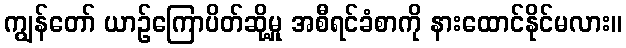
ကျွန်တော် ယာဉ်ကြောပိတ်ဆို့မှု အစီရင်ခံစာကို နားထောင်နိုင်မလား။